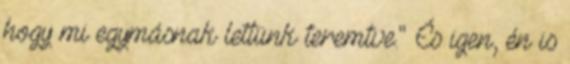
hogy mi egymásnak lettünk teremtve." És igen, én is